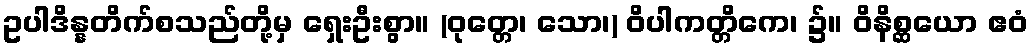
ဥပါဒိန္နတိက်စသည်တို့မှ ရှေးဦးစွာ။ (ဝုတ္တေ၊ သော၊) ဝိပါကတ္တိကေ၊ ၌။ ဝိနိစ္ဆယော ဧဝံ